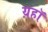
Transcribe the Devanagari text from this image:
य़हॉ